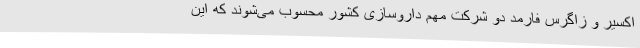
اکسیر و زاگرس فارمد دو شرکت مهم داروسازی کشور محسوب می‌شوند که این